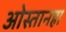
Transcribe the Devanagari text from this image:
ओस्तानहा